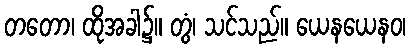
တတော၊ ထိုအခါ၌။ တွံ၊ သင်သည်။ ယေနယေနဝ၊